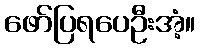
ဖော်ပြရပေဦးအံ့။